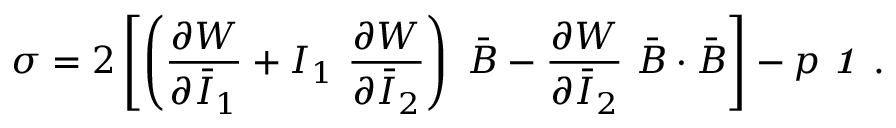
{ \boldsymbol { \sigma } } = 2 \left[ \left( { \frac { \partial W } { \partial { \bar { I } } _ { 1 } } } + I _ { 1 } ~ { \frac { \partial W } { \partial { \bar { I } } _ { 2 } } } \right) ~ { \bar { \boldsymbol { B } } } - { \frac { \partial W } { \partial { \bar { I } } _ { 2 } } } ~ { \bar { \boldsymbol { B } } } \cdot { \bar { \boldsymbol { B } } } \right] - p ~ { \boldsymbol { \mathit { 1 } } } ~ .